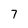
Character: 7